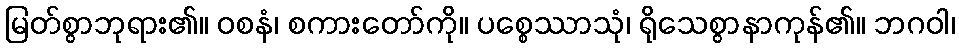
မြတ်စွာဘုရား၏။ ဝစနံ၊ စကားတော်ကို။ ပစ္စေဿာသုံ၊ ရိုသေစွာနာကုန်၏။ ဘဂဝါ၊